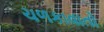
ચળકાવાતો